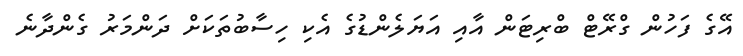
އޭގެ ފަހުން ގްރޭޓް ބްރިޓަން އާއި އަޔަލެންޑުގެ އެކި ހިސާބުތަކަށް ދަންމަރު ގެންދާނެ